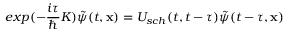
e x p ( - \frac { i \tau } { \hbar } K ) \tilde { \psi } ( t , { \bf x } ) = U _ { s c h } ( t , t - \tau ) \tilde { \psi } ( t - \tau , { \bf x } )